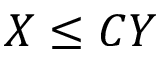
X \le C Y